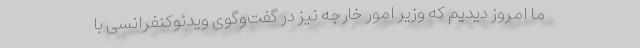
ما امروز دیدیم که وزیر امور خارجه نیز در گفت‌وگوی ویدئوکنفرانسی با